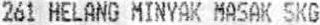
261 HELANG MINYAK MASAK 5KG